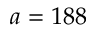
a = 1 8 8